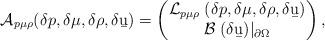
LaTeX: \begin{align*}\mathcal A_{p\mu\rho}(\delta p,\delta\mu,\delta\rho,\delta \b u)=\begin{pmatrix}\mathcal L_{p\mu\rho} \;(\delta p,\delta\mu,\delta\rho,\delta\b u) \\ \mathcal B \;(\delta \b u)|_{\partial\Omega}\end{pmatrix},\end{align*}